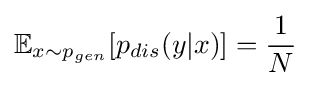
\mathbb {E} _{x\sim p_{gen}}[p_{dis}(y|x)]={\frac {1}{N}}